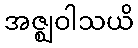
အဇ္ဈဝါသယိ